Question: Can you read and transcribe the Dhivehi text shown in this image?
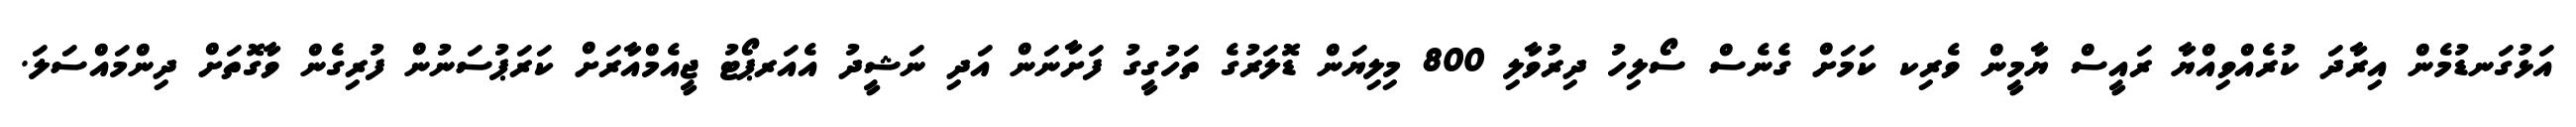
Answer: އަޅުގަނޑުމެން އިރާދަ ކުރެއްވިއްޔާ ރައީސް ޔާމީން ވެރިކ ކަމަށް ގެނެސް ސޯލިހު ދިރުވާލި 800 މިލިޔަން ޑޮލަރުގެ ތަހުގީގު ފަށާނަން އަދި ނަޝީދު އެއަރޕޯޓު ޖީއެމްއާރަށް ކަރަޕުސަނުން ފުރިގެން ވާގޮތަށް ދިންމައްސަލަ.